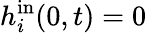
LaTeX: h_{i}^{\mathrm{in}}(0,t)=0